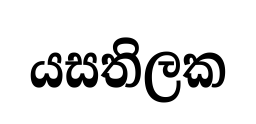
යසතිලක